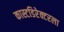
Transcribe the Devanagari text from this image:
कास्टडिरेक्टरला